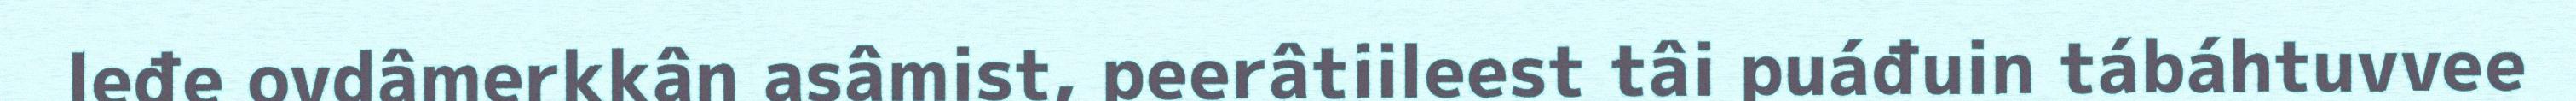
leđe ovdâmerkkân asâmist, peerâtiileest tâi puáđuin tábáhtuvvee